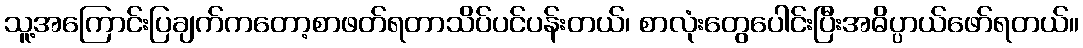
သူ့အကြောင်းပြချက်ကတော့စာဖတ်ရတာသိပ်ပင်ပန်းတယ်၊ စာလုံးတွေပေါင်းပြီးအဓိပ္ပာယ်ဖော်ရတယ်။